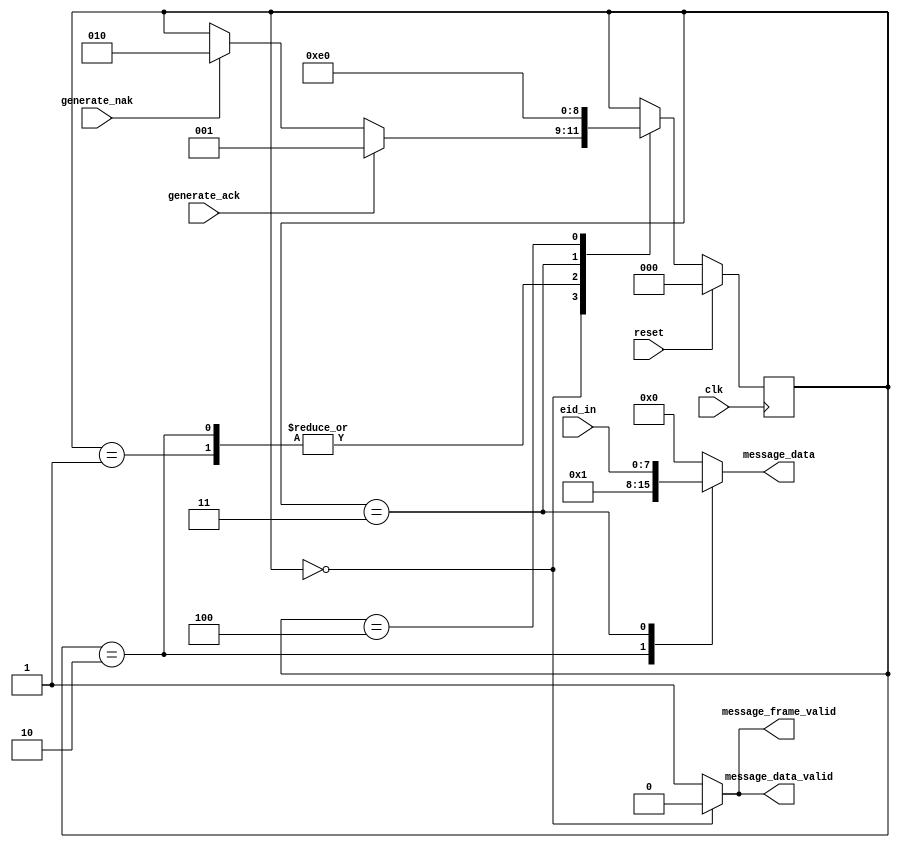
module ack_generator(
	input clk,
	input reset,
	
	input generate_ack,
	input generate_nak,
	input [7:0] eid_in,
	
	output reg [7:0] message_data,
	output reg message_data_valid,
	output reg message_frame_valid
);

parameter STATE_IDLE = 0;
parameter STATE_ACK0 = 1;
parameter STATE_NAK0 = 2;
parameter STATE_EID = 3;
parameter STATE_LEN = 4;
reg [2:0] state, next_state;

always @* begin
	next_state = state;
	message_data = 8'h00;
	message_data_valid = 1'b1;
	message_frame_valid = 1'b1;
	
	case(state)
		STATE_IDLE: begin
			message_data_valid = 1'b0;
			message_frame_valid = 1'b0;
			if(generate_ack)
				next_state = STATE_ACK0;
			else if(generate_nak)
				next_state = STATE_NAK0;
		end
		
		STATE_ACK0: begin
			message_data = 8'h00;
			next_state = STATE_EID;
		end
		
		STATE_NAK0: begin
			message_data = 8'h01;
			next_state = STATE_EID;
		end
		
		STATE_EID: begin
			message_data = eid_in;
			next_state = STATE_LEN;
		end
		
		STATE_LEN: begin
			next_state = STATE_IDLE;
		end
	endcase
end

always @(posedge clk) begin
	if(reset) begin
		state <= STATE_IDLE;
	end else begin
		state <= next_state;
	end
end
	
endmodule